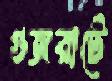
গুজরাটে